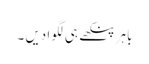
باہر پنکھے ہی لگوا دیں ۔